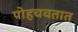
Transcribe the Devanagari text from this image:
पोहचवतात